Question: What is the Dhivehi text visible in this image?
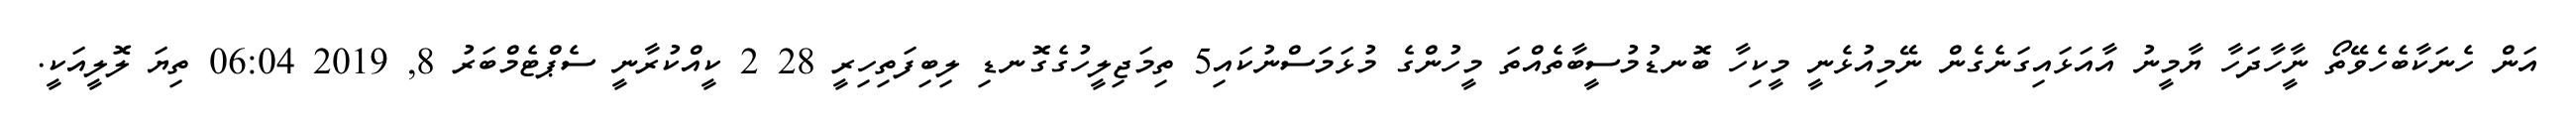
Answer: އަން ހެނަކާބެހެވޭތޯ ނީާހާދަހާ ޔާމީނު އާއަޅައިގަނެގެން ނޭމިއުޅެނީ މީކިހާ ބޮނޑުމުސީބާތެއްތަ މީހުންގެ މުޅަމަސްނުކައި5 ތިމަޖިލީހުގެގޮނޑި ލިބިފަތިހިރީ 28 2 ކީއްކުރާނީ ސެޕްޓެމްބަރު 8, 2019 06:04 ތިޔަ ލޮލީއަކީ.